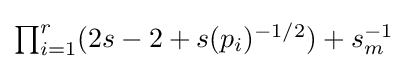
\textstyle \prod _{i=1}^{r}(2s-2+s(p_{i})^{-1/2})+s_{m}^{-1}